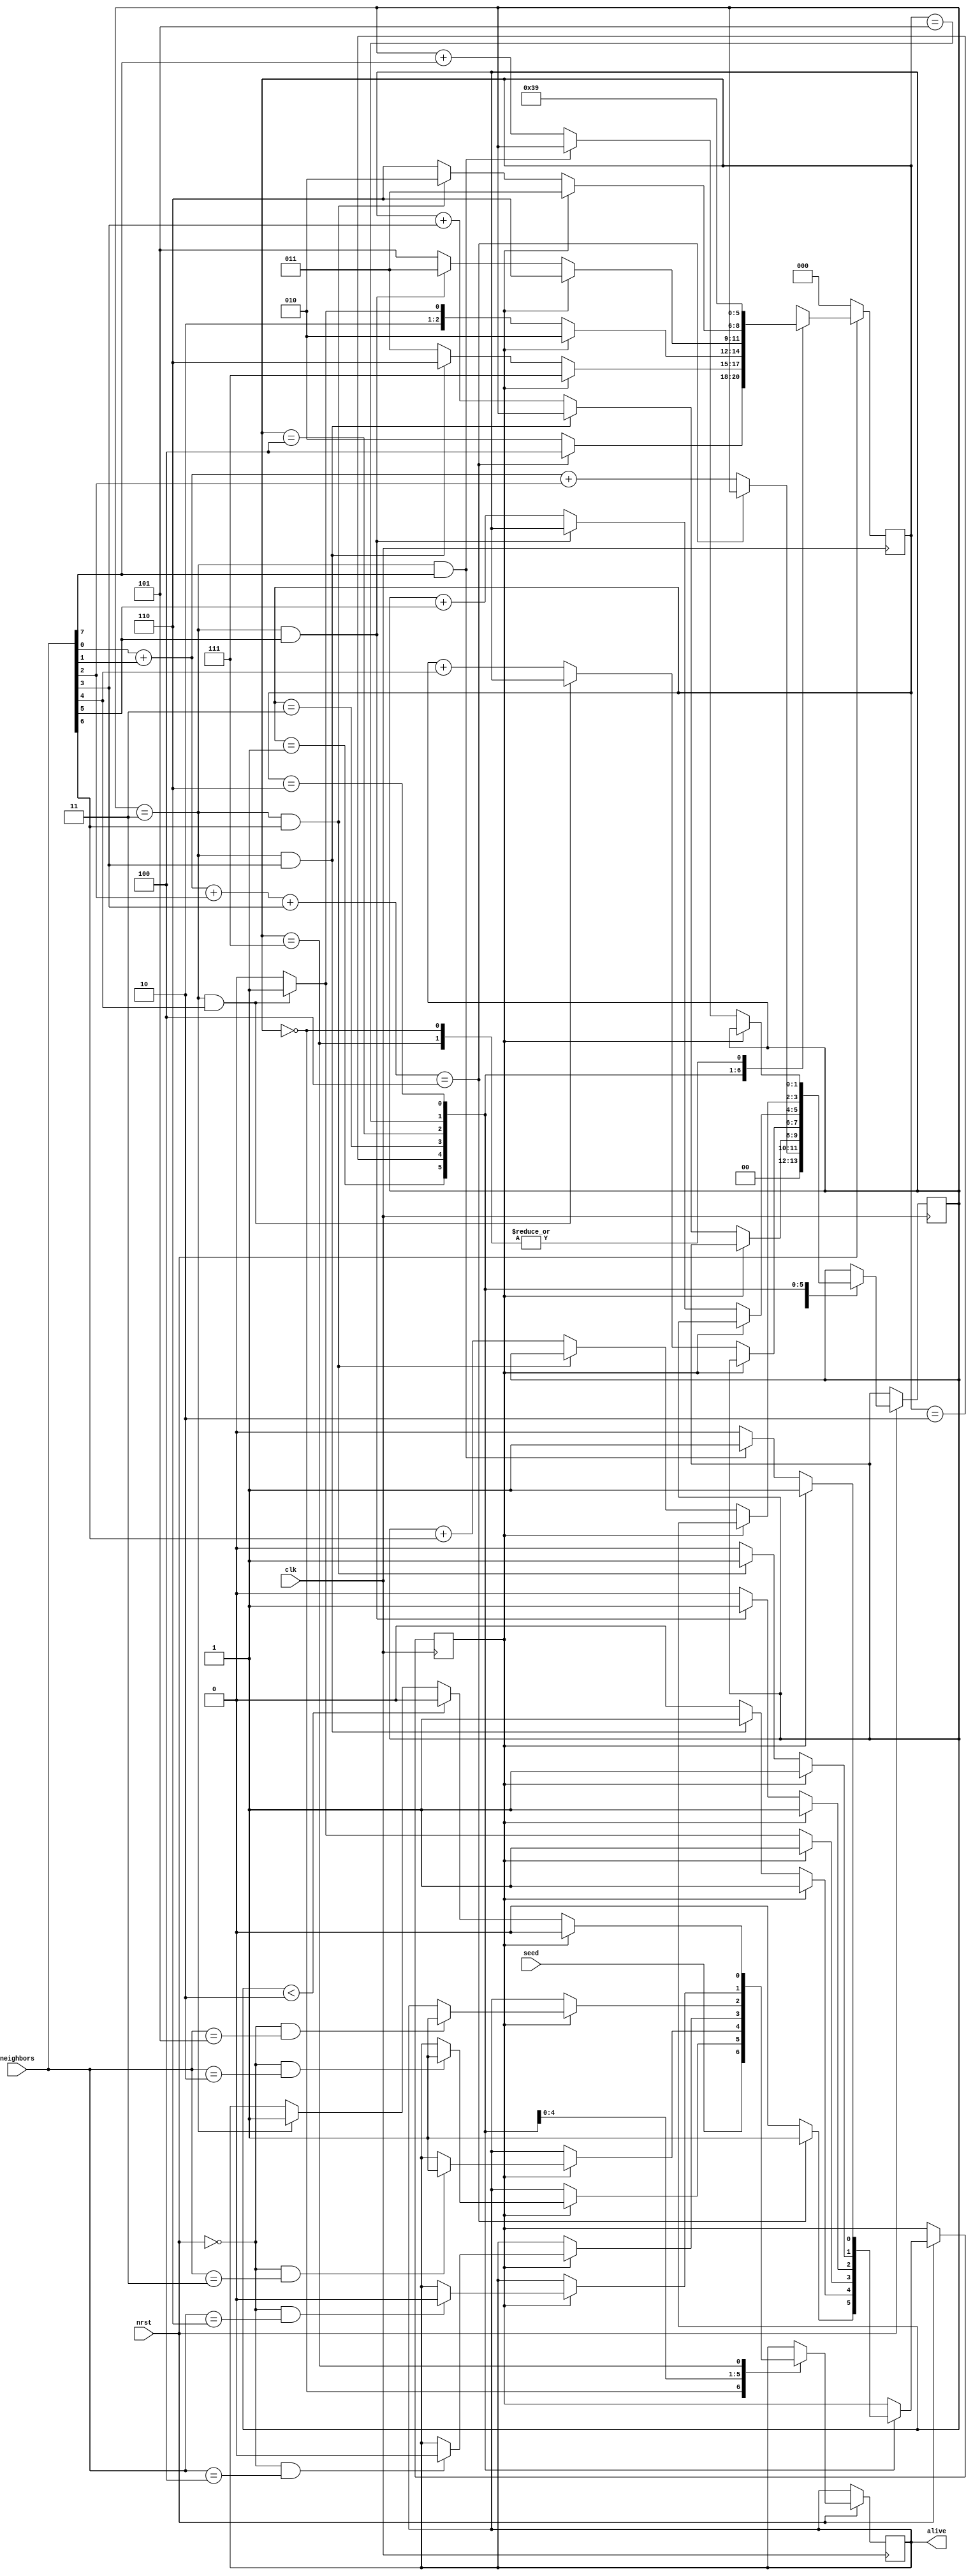

`define STATE_0  3'b000
`define STATE_1  3'b001
`define STATE_2  3'b010
`define STATE_3  3'b011
`define STATE_4  3'b100
`define STATE_5  3'b101
`define STATE_6  3'b110
`define STATE_7  3'b111


module LifeCell(
	input clk,
	input nrst,
	input seed,
	input [7:0] neighbors,
	output reg alive
);
    reg [2:0] state /* synthesis syn_encoding = "gray" */;
    reg [1:0] sum;
    reg done;
     
	always @ (posedge clk)
		if (nrst == 0)
			state <= `STATE_0;
		else 
			case(state)
				`STATE_0: begin
                    alive <= seed;
					sum <= 0;
				    state <= `STATE_1;
				end
				`STATE_1:
				    if ((neighbors[0] + neighbors[1] + neighbors[2] + neighbors[3]) == 4) begin
				        done <= 1;
				        state <= `STATE_4; 
				    end
				    else begin
                        done <= 0;
                        sum <= neighbors[0] + neighbors[1] + neighbors[2];
                        state <= `STATE_2;
				    end
				`STATE_2:
				    if (done) begin
				        if(!nrst && neighbors==2) alive <= 1;
				        state <= `STATE_7;
				    end
				    else
                        if(sum==2'd3 && neighbors[3]) begin
                            done <= 1;
                            state <= `STATE_6;
                        end
                        else begin
                            sum <= sum + neighbors[3];
                            state <= `STATE_3;
                        end
				`STATE_3:
				    if (done) begin
				        if(!nrst && neighbors==3) alive <= 1;
				        state <= `STATE_2;
				    end
				    else          
                        if(sum==2'd3 && neighbors[4]) begin
                            done <= 1;
                            state <= `STATE_5;
                        end
                        else begin
                            sum <= sum + neighbors[4];
                            state <= `STATE_4;
                        end
				`STATE_4:
				    if (done)begin
				        if(!nrst && neighbors==4) alive <= 0;
				        state <= `STATE_6;
				    end
				    else           
                        if(sum==2'd3 && neighbors[5]) begin 
                            done <= 1;
                            state <= `STATE_3;
                        end
                        else begin
                            sum <= sum + neighbors[5];
                            state <= `STATE_5;
                        end
				`STATE_5: 
				    if (done) begin
				        if(!nrst && neighbors==5) alive <= 1;
				        state <= `STATE_3;
				    end
				    else            
                        if(sum==2'd3 && neighbors[6]) begin 
                            done <= 1;
                            state <= `STATE_2;
                        end
                        else begin
                            sum <= sum + neighbors[6];
                            state <= `STATE_6;
                        end
				`STATE_6: begin
				    if (done) begin
				        if(!nrst && neighbors==6) alive <= 0;
				        state <= `STATE_5;
				    end
				    else 
                        if(sum==2'd3 && neighbors[7]) 
                            done <= 1;
                        else
                            sum <= sum + neighbors[7];
                        state <= `STATE_7;
                    end
				`STATE_7: begin
                    if(!done) begin
                        if(sum == 2'd3)
                            alive <= 1;
                        if(sum < 2'd2)
                            alive <= 0;
                    end
                    else
                        alive <= 0;
                    state <= `STATE_1;
				end
			endcase
endmodule